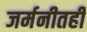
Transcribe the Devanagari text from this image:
जर्मनीतही